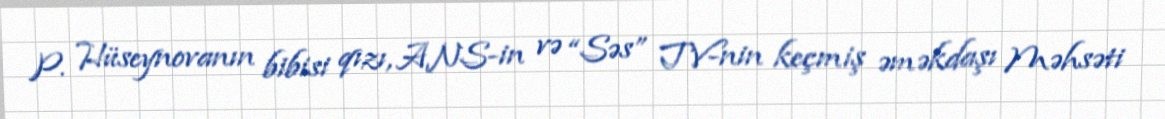
P. Hüseynovanın bibisi qızı, ANS-in və “Səs” TV-nin keçmiş əməkdaşı Məhsəti